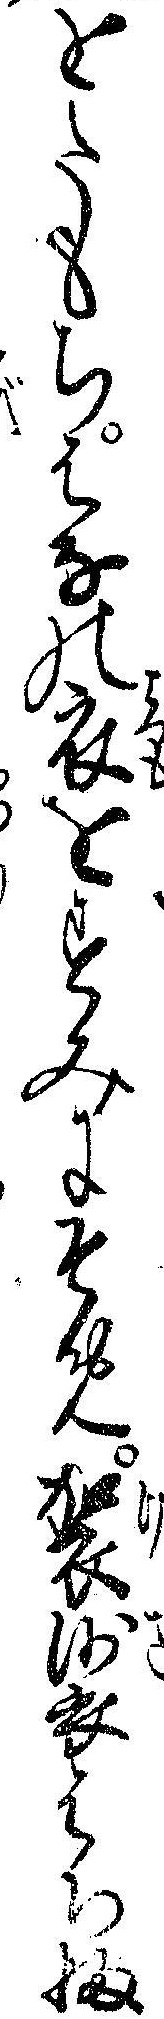
をたもちはなの衣をすみにそめ袈裟はちふ